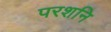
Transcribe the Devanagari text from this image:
परशनि